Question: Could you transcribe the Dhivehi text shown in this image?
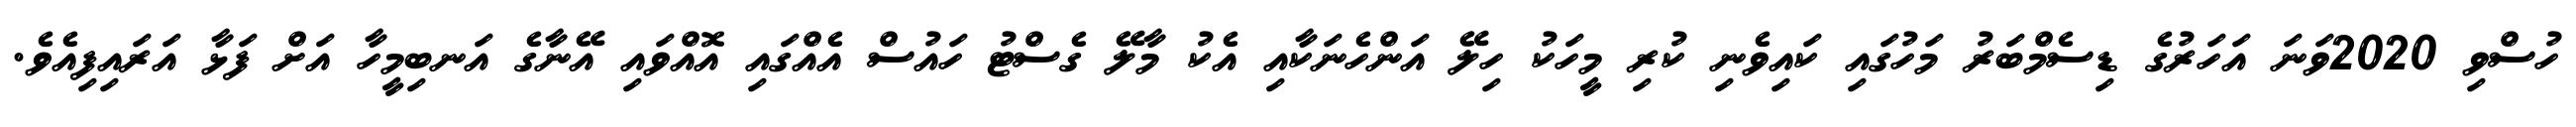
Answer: ހުސްވި 2020ވަނަ އަހަރުގެ ޑިސެމްބަރު މަހުގައި ކައިވެނި ކުރި މީހަކު ހިލޭ އަންހެނަކާއި އެކު މާލޭ ގެސްޓު ހައުސް އެއްގައި އޮއްވައި އޭނާގެ އަނބިމީހާ އަށް ފަޅާ އަރައިފިއެވެ.